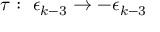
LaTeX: \tau : \, \, \epsilon _ { k - 3 } \rightarrow - \epsilon _ { k - 3 }